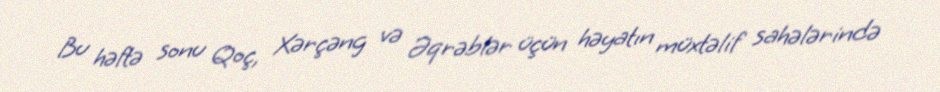
Bu həftə sonu Qoç, Xərçəng və Əqrəblər üçün həyatın müxtəlif sahələrində